Indian journal of veterinary science and animal husbandry - Volume 2,
Year: 1932
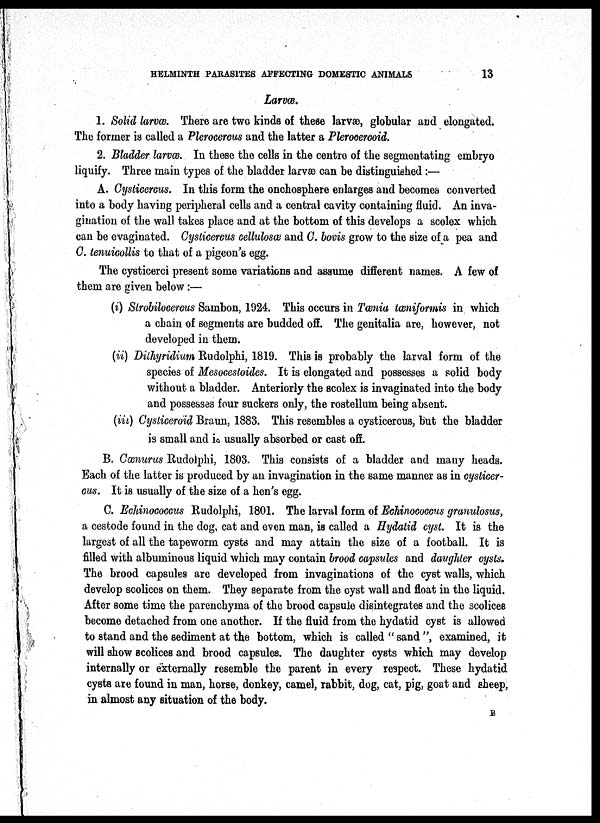
HELMINTH PARASITES AFFECTING DOMESTIC ANIMALS
13
Larvæ.
1. Solid larvæ. There are two kinds of these larvæ, globular and elongated.
The former is called a Plerocercus and the latter a Plerocercoid.
2. Bladder larvæ. In these the cells in the centre of the segmentating embryo
liquify. Three main types of the bladder larvæ can be distinguished :—
A. Cysticercus. In this form the onchosphere enlarges and becomes converted
into a body having peripheral cells and a central cavity containing fluid. An inva-
gination of the wall takes place and at the bottom of this develops a scolex which
can be evaginated. Cysticercus cellulosæ and C. bovis grow to the size of a pea and
C. tenuicollis to that of a pigeon's egg.
The cysticerci present some variations and assume different names. A few of
them are given below :—
(i) Strobilocercus Sambon, 1924. This occurs in Tænia tæniformis in which
a chain of segments are budded off. The genitalia are, however, not
developed in them.
(ii) Dithyridium Rudolphi, 1819. This is probably the larval form of the
species of Mesocestoides. It is elongated and possesses a solid body
without a bladder. Anteriorly the scolex is invaginated into the body
and possesses four suckers only, the rostellum being absent.
(iii) Cysticeroid Braun, 1883. This resembles a cysticercus, but the bladder
is small and is usually absorbed or cast off.
B. Cœnurus Rudolphi, 1803. This consists of a bladder and many heads.
Each of the latter is produced by an invagination in the same manner as in cysticer¬
cus. It is usually of the size of a hen's egg.
C. Echinococcus Rudolphi, 1801. The larval form of Echinococcus granulosus,
a cestode found in the dog, cat and even man, is called a Hydatid cyst. It is the
largest of all the tapeworm cysts and may attain the size of a football. It is
filled with albuminous liquid which may contain brood capsules and daughter cysts.
The brood capsules are developed from invaginations of the cyst walls, which
develop scolices on them. They separate from the cyst wall and float in the liquid.
After some time the parenchyma of the brood capsule disintegrates and the scolices
become detached from one another. If the fluid from the hydatid cyst is allowed
to stand and the sediment at the bottom, which is called " sand ", examined, it
will show scolices and brood capsules. The daughter cysts which may develop
internally or externally resemble the parent in every respect. These hydatid
cysts are found in man, horse, donkey, camel, rabbit, dog, cat, pig, goat and sheep,
in almost any situation of the body.
B